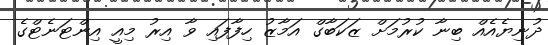
ދުނިޔެއެއް ބިނާ ކުރުމަށް ޒަކަބާގް އަމާޒު ހިފާފައި ވާ އިރު މިއީ އިންޓަނެޓްގެ